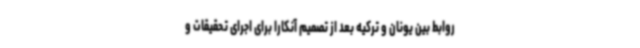
روابط بین یونان و ترکیه بعد از تصمیم آنکارا برای اجرای تحقیقات و